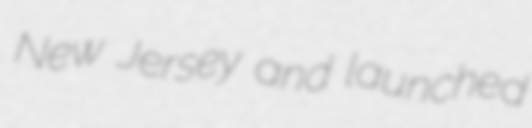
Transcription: New Jersey and launched